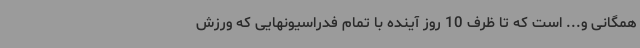
همگانی و... است که تا ظرف 10 روز آینده با تمام فدراسیونهایی که ورزش